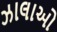
ઝાલાઓ